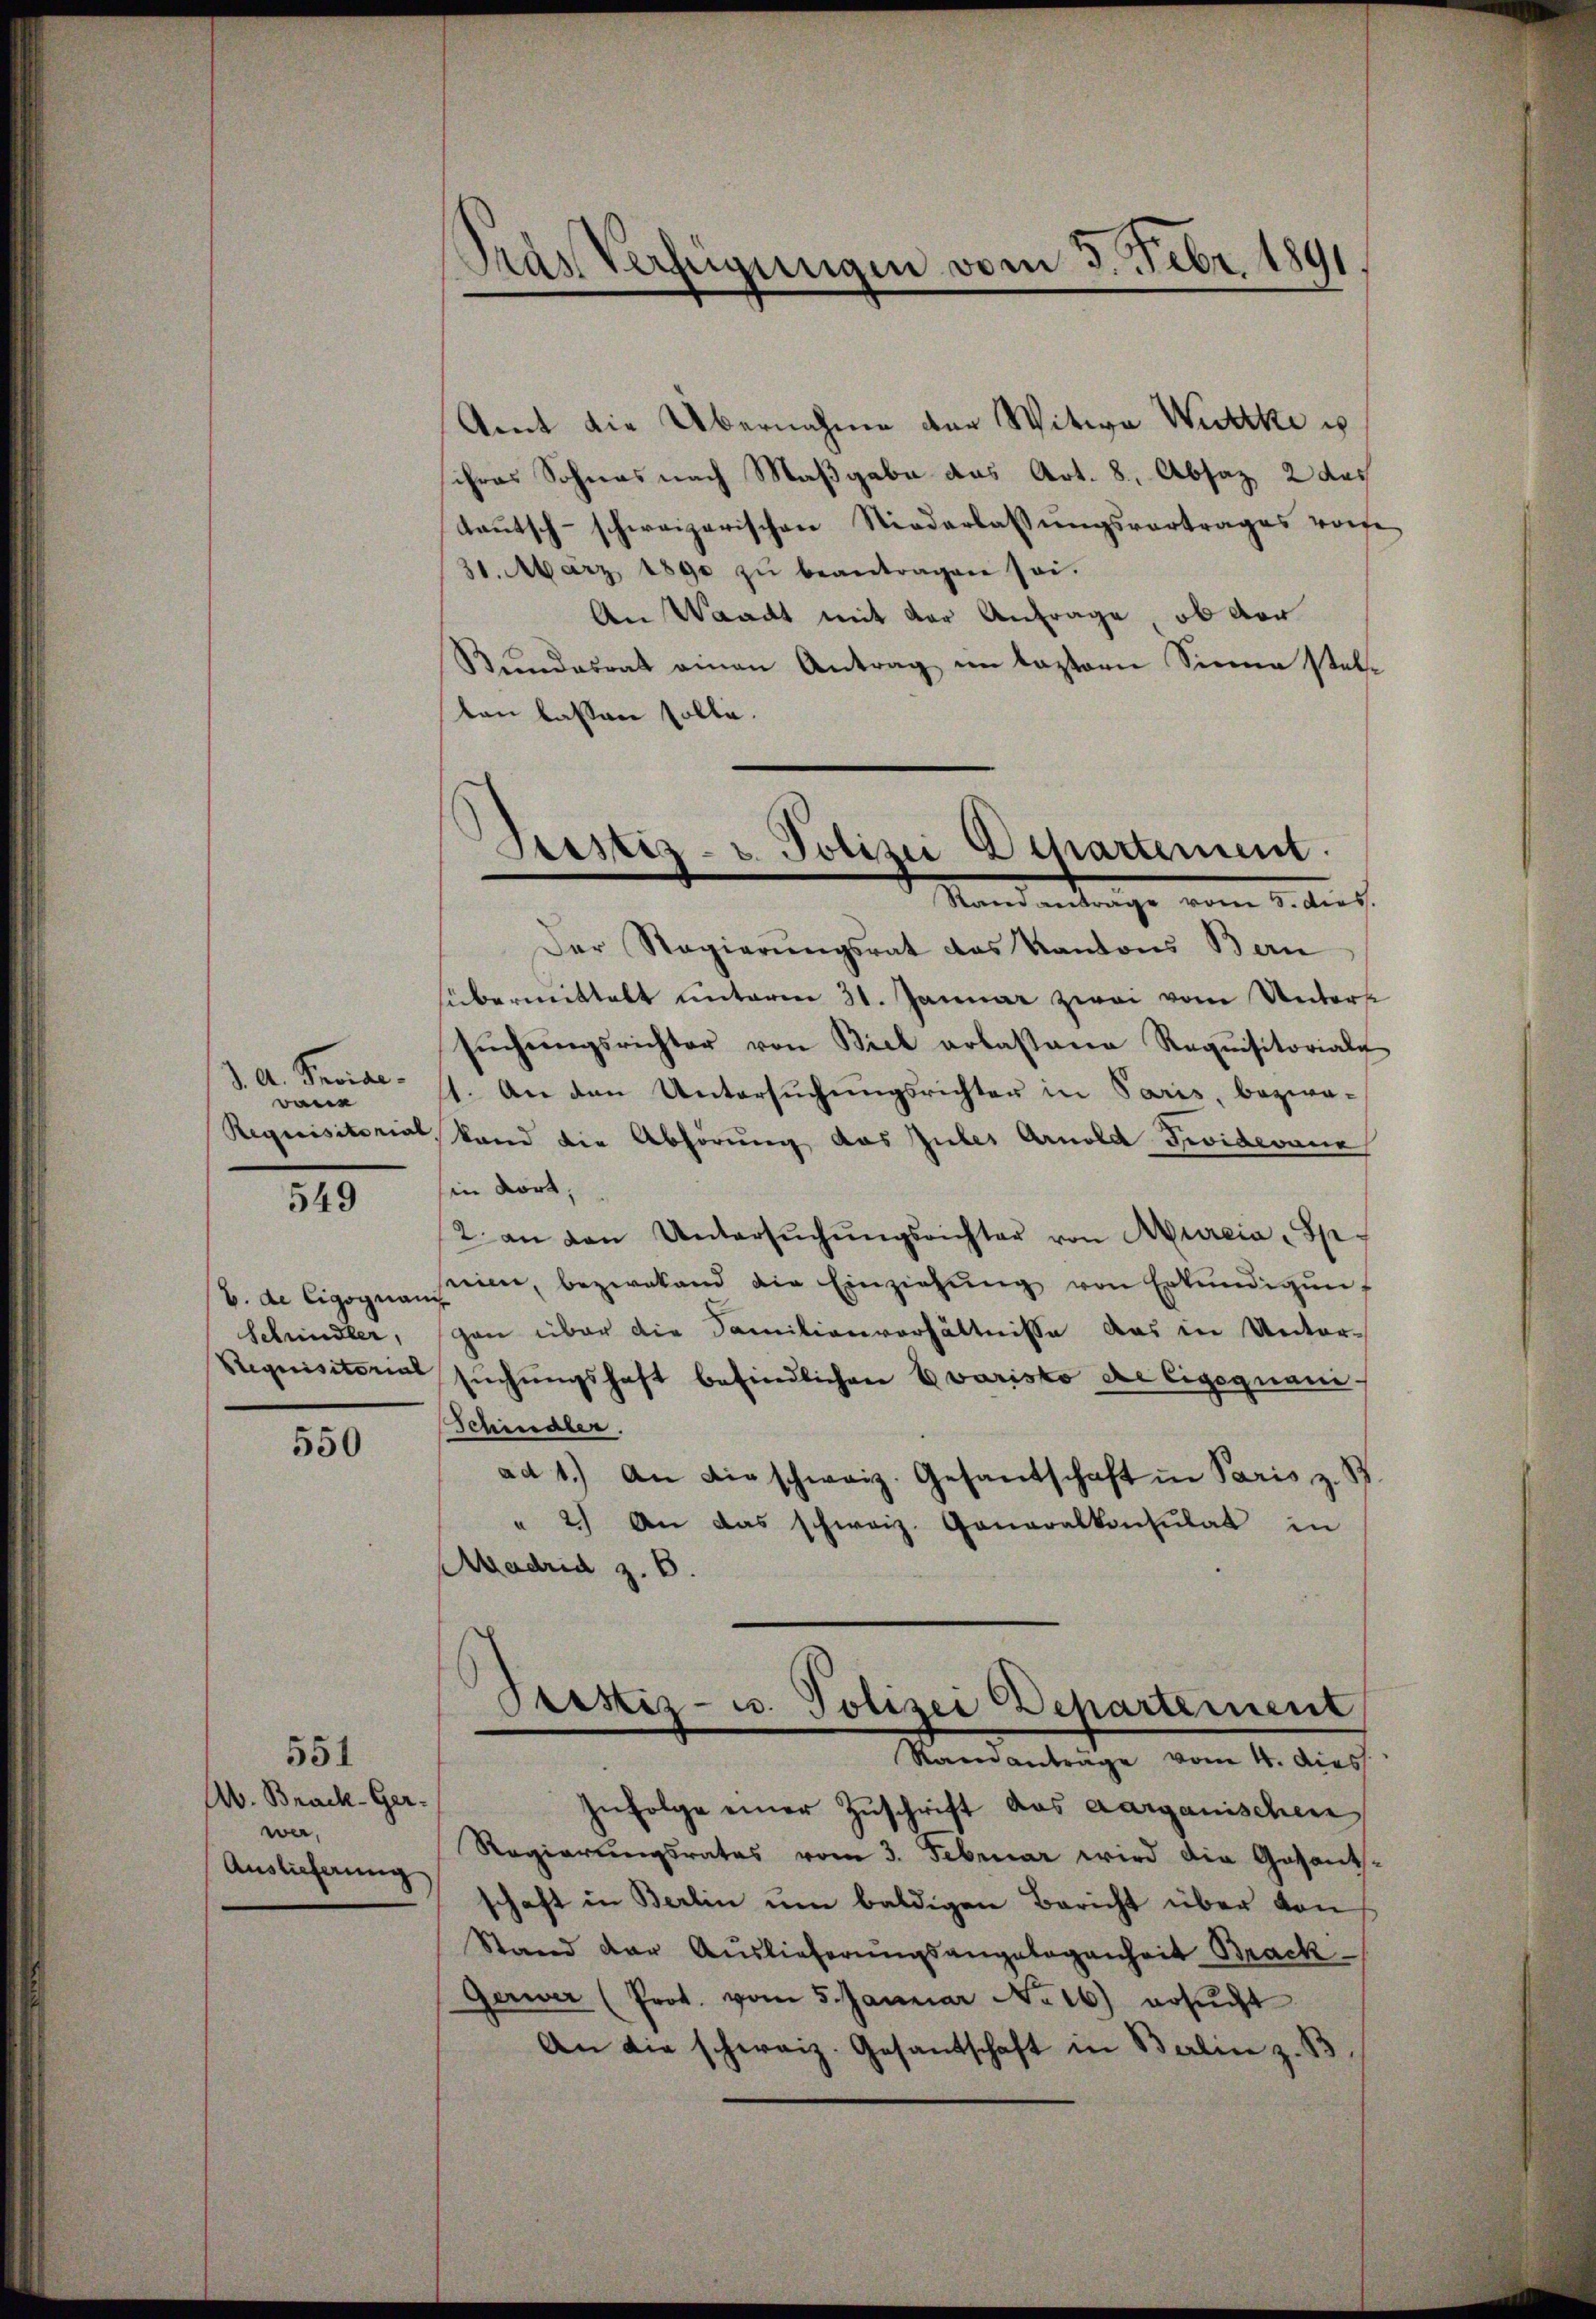
d. A. Speciale.
Bann
549

b. de Cigognami
Schindler,
Stequisitorial

550

Ab. Brack-Ger.
wa,
Auslieferung

551

Das Verfügungen vom 3. Febr. 1891

Justiz- u. Polizei Departement.
Mandantenge vom 1. Aus

Amt die Übernahme der Witwe Werke u
schras Sohnes nach Maßgabe das Art. 8, Absaz 2 des
Laŭtsch-schweizerischen Niederlassŭngsvortrages vore
31. März 1890 zŭ beantragen sei.
An Waadt mit der Anfrage, ob der
Bundesrat einen Antrag im Lastorn Sinne stelten lassen solle.
Der Regierungsrat des Kantons Bern
sübermittalt unterm 31. Januar zwei vom Unterst
sŭchŭngsrichter von Biel arbasana Requisitoriale
11. An den Untersuchungsrichter in Paris, bezwa-
Requisitorial, Sand die Abhörung das Gutes Arnold Seidevane
in Wort,
2. an den Untersŭchŭngsrichter von Aureia - Sp
seinen, bezwakand die Einziehŭng von Erkŭndigŭng
gan über die Familienverhältnisse das in Untersŭchŭngshaft befindlichen Evaristo die Eigenan¬
Schindler.
ad 1.) An die schweiz. Gesandtschaft in Paris z. S
" 2) An das schweiz. Generalkonsulat in
Madrid z. B.

Ptistiz- u. Polizei Departement
Ramanträge vom 4. dies
Zufolge einer Zuschrift des aarganischen

Regierungsrates vom 3. Februar wird die Gesants-
schaft in Berlin ŭm baldigen Bericht über von
Stand der Auslieferungsangelegenheit Brack-
Gerwer (Prot. vom 5. Januar No. 16) ersŭcht
An die schweiz. Gesantschaft in Berlin z. B